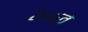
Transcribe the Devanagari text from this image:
२६६वे